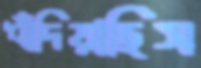
ধাঁদিয়াছিস